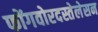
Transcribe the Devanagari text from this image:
फोंगवोरदस्तेलेसन